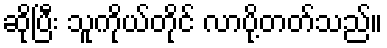
ဆိုပြီး သူကိုယ်တိုင် လာပို့တတ်သည်။